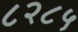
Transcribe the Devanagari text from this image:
८२८५